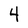
Character: 4